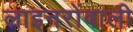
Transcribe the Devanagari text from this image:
लाइनरोंवाली